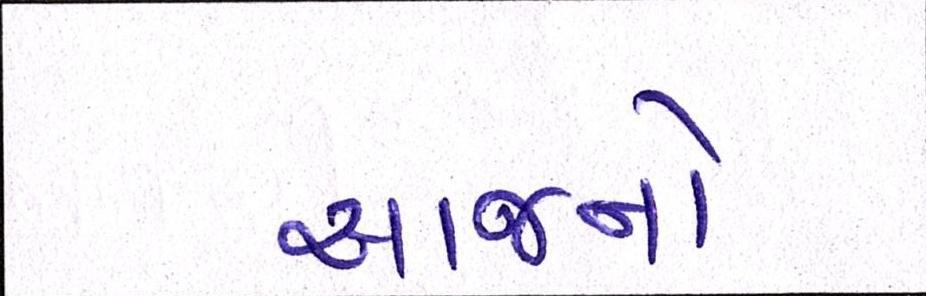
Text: આજનો